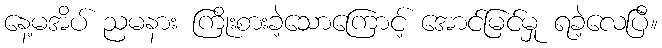
နေ့မအိပ် ညမနား ကြိုးစားခဲ့သောကြောင့် အောင်မြင်မှု ရခဲ့လေပြီ။